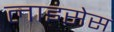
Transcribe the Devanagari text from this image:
लाइंसेस